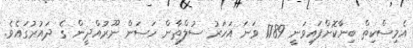
އެމިސްކިތް ބިނާކޮށްފައިވަނީ 1789 ވަނަ އަހަރު ސުލްތާން ހަސަން ނޫރުއްދީން ގެ ދައުރުގައެވެ.